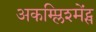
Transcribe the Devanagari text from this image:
अकम्प्लिश्मेंट्स